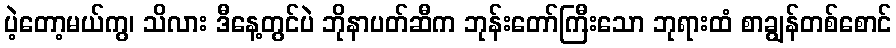
ပဲ့တော့မယ်ကွ၊ သိလား ဒီနေ့တွင်ပဲ ဘိုနာပတ်ဆီက ဘုန်းတော်ကြီးသော ဘုရားထံ စာချွန်တစ်စောင်